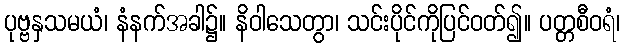
ပုဗ္ဗနှသမယံ၊ နံနက်အခါ၌။ နိဝါသေတွာ၊ သင်းပိုင်ကိုပြင်ဝတ်၍။ ပတ္တစီဝရံ၊